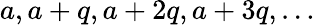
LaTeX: a,a+q,a+2q,a+3q,\dots